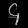
Digit: ၄